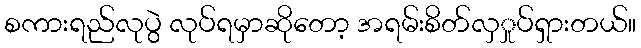
စကားရည်လုပွဲ လုပ်ရမှာဆိုတော့ အရမ်းစိတ်လှှုပ်ရှားတယ်။